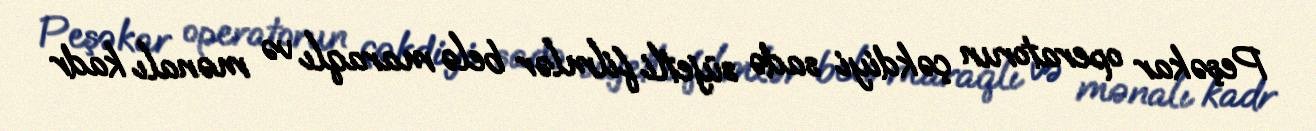
Peşəkar operatorun çəkdiyi sadə süjetli filmlər belə maraqlı və mənalı kadr